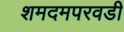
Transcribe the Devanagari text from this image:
शमदमपरवडी